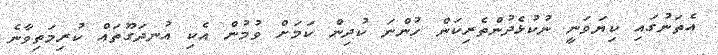
އެތަނުގައި ކިޔަވަނީ ނުކުޅެދުންތެރިކަން ހުންނަ ކުދިން ކަމަށް ވުމުން އެކި އުނދަގޫތައް ކުރިމަތިވާނެ